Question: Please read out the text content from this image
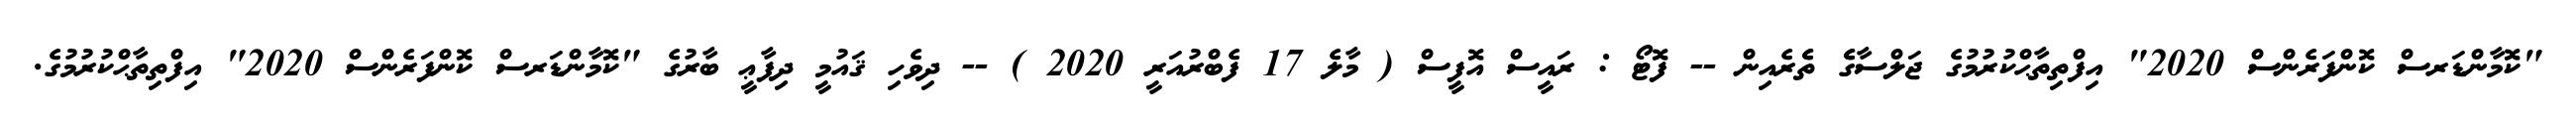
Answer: "ކޮމާންޑަރސް ކޮންފަރެންސް 2020" އިފްތިތާޙްކުރުމުގެ ޖަލްސާގެެ ތެެރެއިން -- ފޮޓޯ : ރައީސް އޮފީސް ( މާލެ 17 ފެބްރުއަރީ 2020 ) -- ދިވެހި ޤައުމީ ދިފާޢީ ބާރުގެ "ކޮމާންޑަރސް ކޮންފަރެންސް 2020" އިފްތިތާޙްކުރުމުގެ.